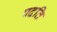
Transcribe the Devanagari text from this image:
पदति